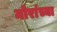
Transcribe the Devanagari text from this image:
मोरांच्या